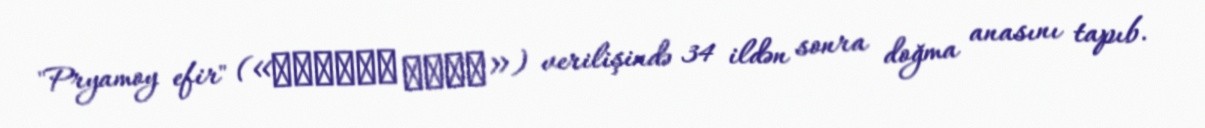
"Pryamoy efir" («Прямой эфир») verilişində 34 ildən sonra doğma anasını tapıb.